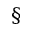
\S